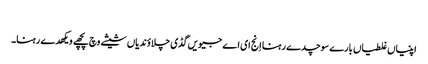
‏
اپنیاں غلطیاں بارے سوچدے رہنا اِنج ای اے جیویں گڈی چلاؤندیاں شیشے وچ پچھے ویکھدے رہنا۔